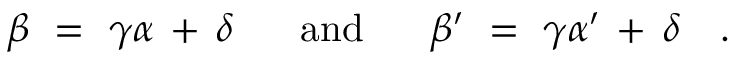
\beta ~ = ~ \gamma \alpha \, + \, \delta ~ ~ ~ ~ ~ \mathrm { a n d } ~ ~ ~ ~ ~ \beta ^ { \prime } ~ = ~ \gamma \alpha ^ { \prime } \, + \, \delta ~ ~ ~ .